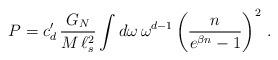
LaTeX: \begin{align*}P = c'_d \, \frac{G_N}{M \, \ell_s^2} \int d \omega \, \omega^{d-1}\left( \frac{n}{e^{\beta n} - 1} \right)^2 \, . \end{align*}